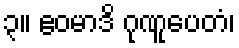
၃။ ဧဝမာဒိ ဂုဏူပေတံ၊